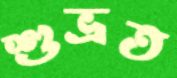
শুভ্রত